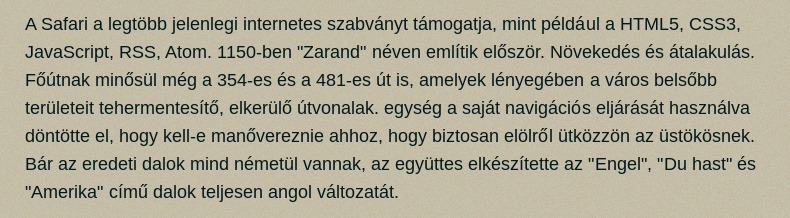
A Safari a legtöbb jelenlegi internetes szabványt támogatja, mint például a HTML5, CSS3, JavaScript, RSS, Atom. 1150-ben "Zarand" néven említik először. Növekedés és átalakulás. Főútnak minősül még a 354-es és a 481-es út is, amelyek lényegében a város belsőbb területeit tehermentesítő, elkerülő útvonalak. egység a saját navigációs eljárását használva döntötte el, hogy kell-e manővereznie ahhoz, hogy biztosan elölről ütközzön az üstökösnek. Bár az eredeti dalok mind németül vannak, az együttes elkészítette az "Engel", "Du hast" és "Amerika" című dalok teljesen angol változatát.